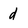
Character: d